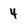
Character: 4